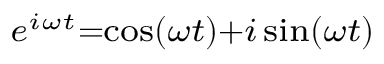
\scriptstyle e ^ { i \omega t } = \cos ( \omega t ) + i \sin ( \omega t )